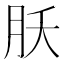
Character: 𬁷